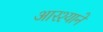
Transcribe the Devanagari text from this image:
आरश्याने